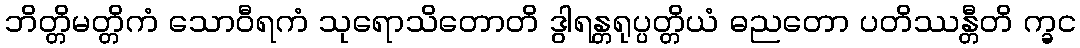
ဘိတ္တိမတ္တိကံ သောဝီရကံ သုရောသိတောတိ ဒွါရန္တရုပ္ပတ္တိယံ ဓညတော ပတိဿန္တီတိ က္ခင